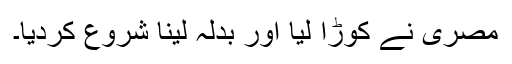
مصری نے کوڑا لیا اور بدلہ لینا شروع کردیا۔